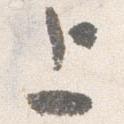
上